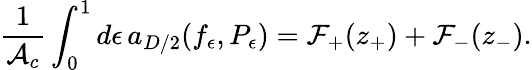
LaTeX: {\frac{1}{{\cal A}_{c}}}\int_{0}^{1}d\epsilon\, a_{D/2}(f_{\epsilon},P_{\epsilon})={\cal F}_{+}(z_{+})+{\cal F}_{-}(z_{-}).